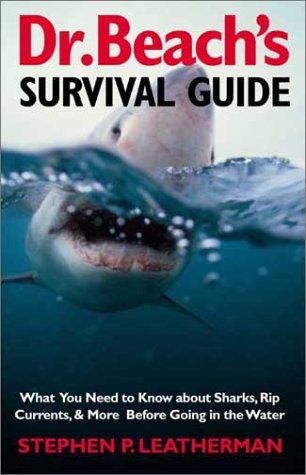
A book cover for Dr. Beach's Survival Guide: What You Need to Know About Sharks, Rip Currents, and More Before Going in the Water; Stephen P. Leatherman; Travel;